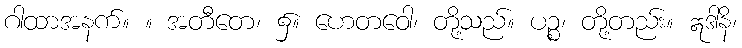
ဂါထာအနက်။ ။ အတီတေ၊ ၌။ ဟေတဝေါ၊ တို့သည်။ ပဉ္စ၊ တို့တည်း။ ဣဒါနိ၊